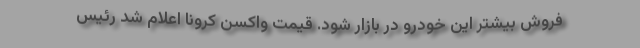
فروش بیشتر این خودرو در بازار شود. قیمت واکسن کرونا اعلام شد رئیس